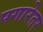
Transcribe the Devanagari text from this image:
पगारेतर